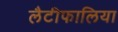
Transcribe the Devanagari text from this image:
लैटीफालिया